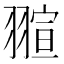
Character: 𮋌